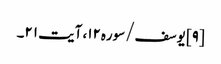
[۹] یوسف/سوره۱۲، آیت ۲۱۔